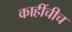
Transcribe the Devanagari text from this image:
काहींचीच